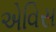
એવિસ